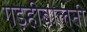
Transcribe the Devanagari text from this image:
गड़हीबोलनी